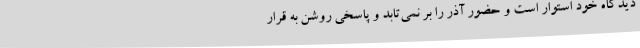
دیدگاه خود استوار است و حضور آذر را بر نمی‌تابد و پاسخی روشن به قرار